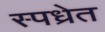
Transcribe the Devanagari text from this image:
स्पध्रेत